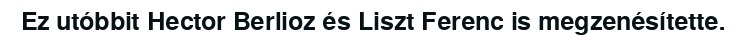
Ez utóbbit Hector Berlioz és Liszt Ferenc is megzenésítette.